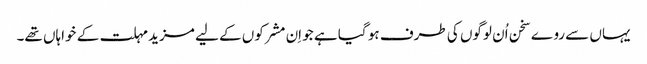
یہاں سے روے سخن اُن لوگوں کی طرف ہو گیا ہے جو اِن مشرکوں کے لیے مزید مہلت کے خواہاں تھے۔